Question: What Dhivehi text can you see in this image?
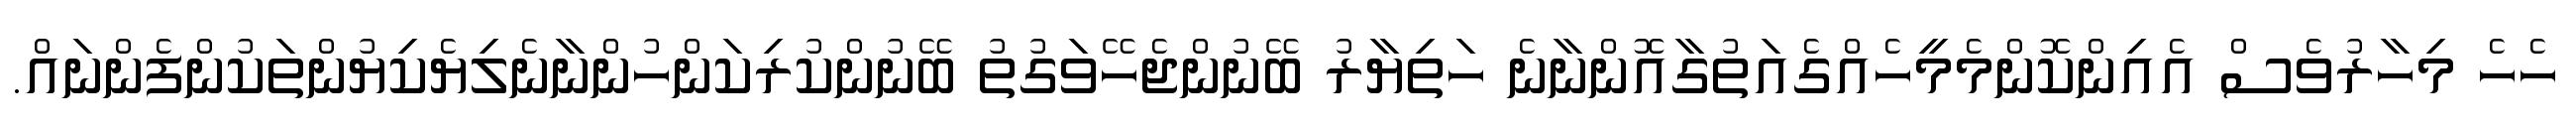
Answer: ހެހެ މިހާރުވެސް އެއިންކޮންމެމީހެއްގެއަތުގާއޮންނާނެ ހަތިޔާރު ބޭނުންޖެހޭވަގުތު ބޭނުންކުރިކަންހުންނާނެލިޔެކިޔުންތަކުންފެންނައް.